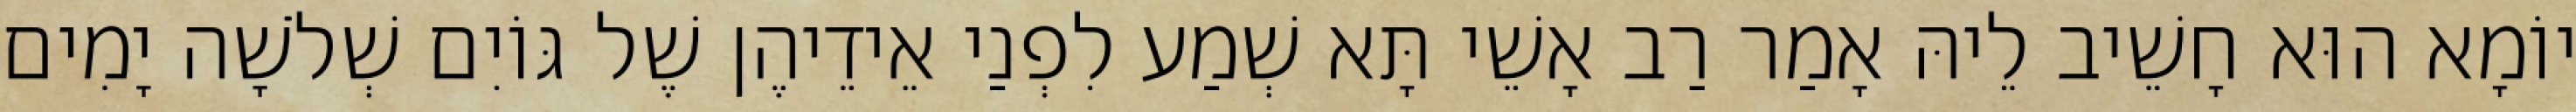
יוֹמָא הוּא חָשֵׁיב לֵיהּ אָמַר רַב אָשֵׁי תָּא שְׁמַע לִפְנַי אֵידֵיהֶן שֶׁל גּוֹיִם שְׁלֹשָׁה יָמִים